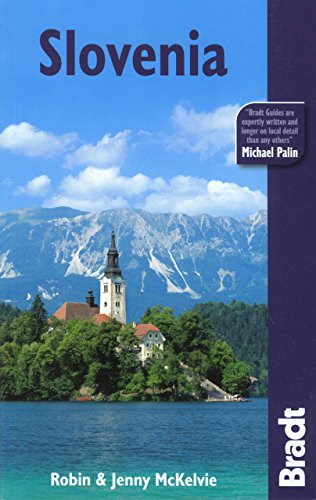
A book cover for Slovenia (Bradt Travel Guide); Jenny Mckelvie; Travel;